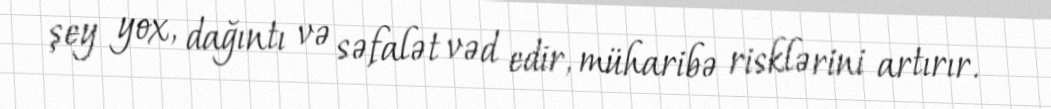
şey yox, dağıntı və səfalət vəd edir, müharibə risklərini artırır.